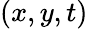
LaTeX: (x,y,t)